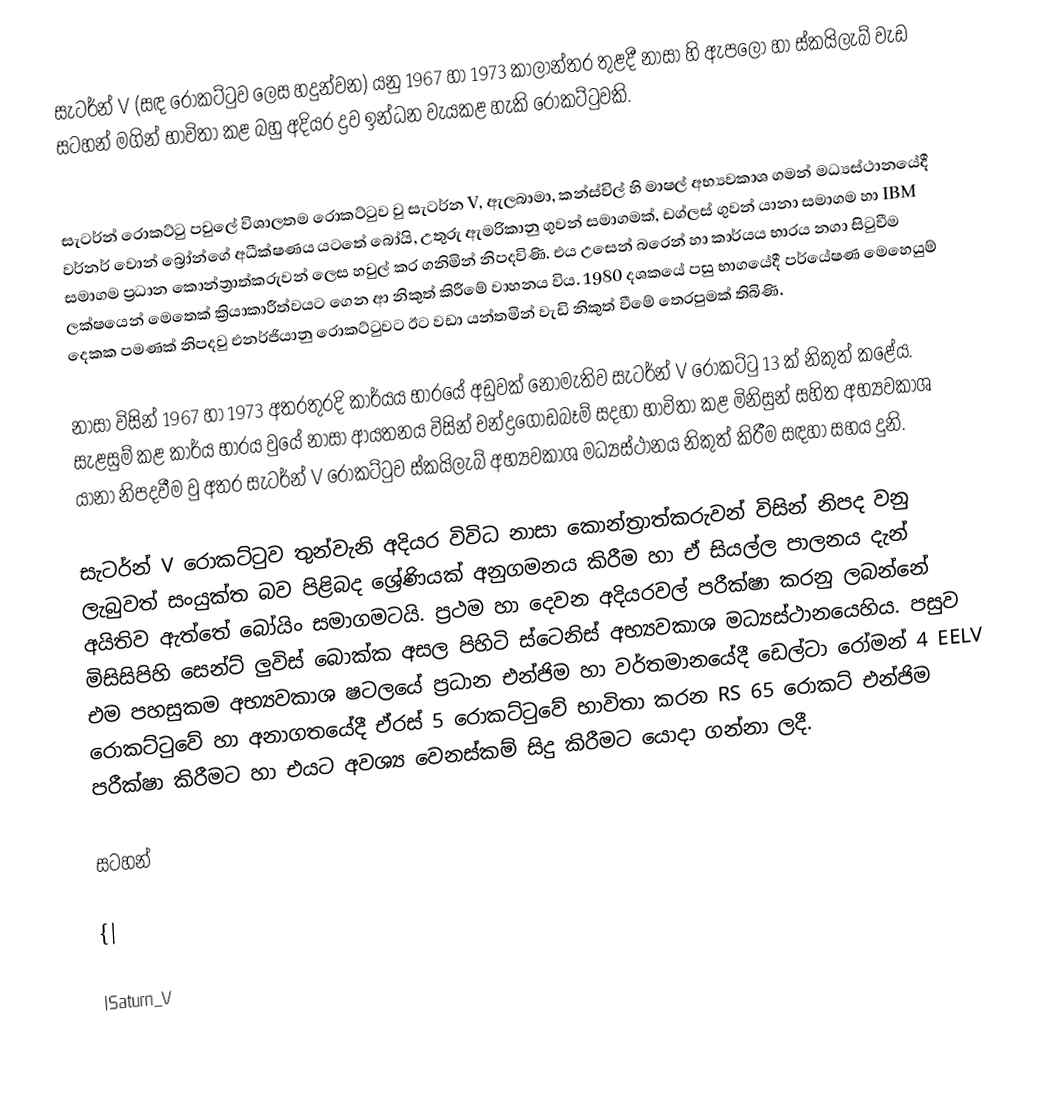
සැටර්න් V (සඳ රොකට්ටුව ලෙස හදුන්වන) යනු 1967 හා 1973 කාලාන්තර තුළදී නාසා හි ඇපලෝ හා ස්කයිලැබ් වැඩ සටහන් මගින් භාවිතා කළ බහු අදියර ද්‍රව ඉන්ධන වැයකළ හැකි රොකට්ටුවකි.

සැටර්න් රොකට්ටු පවුලේ විශාලතම රොකට්ටුව වු සැටර්න V, ඇලබාමා, කන්ස්විල් හි මාෂල් අභ්‍යවකාශ ගමන් මධ්‍යස්ථානයේදී වර්නර් වොන් බ්‍රෝන්ගේ අධීක්ෂණය යටතේ බෝයි, උතුරු ඇමරිකානු ගුවන් සමාගමක්, ඩග්ලස් ගුවන් යානා සමාගම හා IBM සමාගම ප්‍රධාන කොන්ත්‍රාත්කරුවන් ලෙස හවුල් කර ගනිමින් නිපදවිණි. එය උසෙන් බරෙන් හා කාර්යය භාරය නගා සිටුවීම ලක්ෂයෙන් මෙතෙක් ක්‍රියාකාරීත්වයට ගෙන ආ නිකුත් කිරීමේ වාහනය විය. 1980 දශකයේ පසු භාගයේදී පර්යේෂණ මෙහෙයුම් දෙකක පමණක් නිපදවු එනර්ජියානු රොකට්ටුවට ඊට වඩා යන්තමින් වැඩි නිකුත් වීමේ තෙරපුමක් තිබිණි.

නාසා විසින් 1967 හා 1973 අතරතුරදි කාර්යය භාරයේ අඩුවක් නොමැතිව සැටර්න් V රොකට්ටු 13 ක් නිකුත් කළේය. සැළසුම් කළ කාර්ය භාරය වුයේ නාසා ආයතනය විසින් චන්ද්‍රගොඩබෑම් සදහා භාවිතා කළ මිනිසුන් සහිත අභ්‍යවකාශ යානා නිපදවීම වු අතර සැටර්න් V රොකට්ටුව ස්කයිලැබ් අභ්‍යවකාශ මධ්‍යස්ථානය නිකුත් කිරීම සඳහා සහය දුනි.

සැටර්න් V රොකට්ටුව තුන්වැනි අදියර විවිධ නාසා කොන්ත්‍රාත්කරුවන් විසින් නිපද වනු ලැබුවත් සංයුක්ත බව පිළිබද ශ්‍රේණියක් අනුගමනය කිරීම හා ඒ සියල්ල පාලනය දැන් අයිතිව ඇත්තේ බෝයිං සමාගමටයි. ප්‍රථම හා දෙවන අදියරවල් පරීක්ෂා කරනු ලබන්නේ මිසිසිපිහි සෙන්ට් ලුවිස් බොක්ක අසල පිහිටි ස්ටෙනිස් අභ්‍යවකාශ මධ්‍යස්ථානයෙහිය. පසුව එම පහසුකම අභ්‍යවකාශ ෂටලයේ ප්‍රධාන එන්ජිම හා වර්තමානයේදී ඩෙල්ටා රෝමන් 4 EELV රොකට්ටුවේ හා අනාගතයේදී ඒරස් 5 රොකට්ටුවේ භාවිතා කරන RS 65 රොකට් එන්ජිම පරීක්ෂා කිරීමට හා එයට අවශ්‍ය වෙනස්කම් සිදු කිරීමට යොදා ගන්නා ලදී.

සටහන්

{|

|Saturn_V